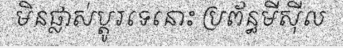
មិនផ្លាស់ប្តូរទេនោះ ប្រព័ន្ធមីស៊ីល